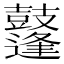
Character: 𪔲